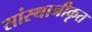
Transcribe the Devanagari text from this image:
सांस्थानीकृत